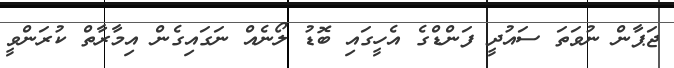
ޖަޕާން ނުވަތަ ސައުދީ ފަންޑްގެ އެހީގައި ބޮޑު ލޯނެއް ނަގައިގެން އިމާރާތް ކުރަންވީ